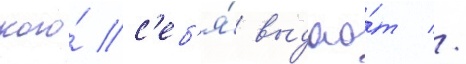
кого́ с'еб'я́ выдао́т //